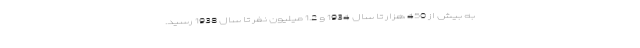
به بیش از 450 هزار تا سال 1934 و 1.2 میلیون نفر تا سال 1938 رسید.